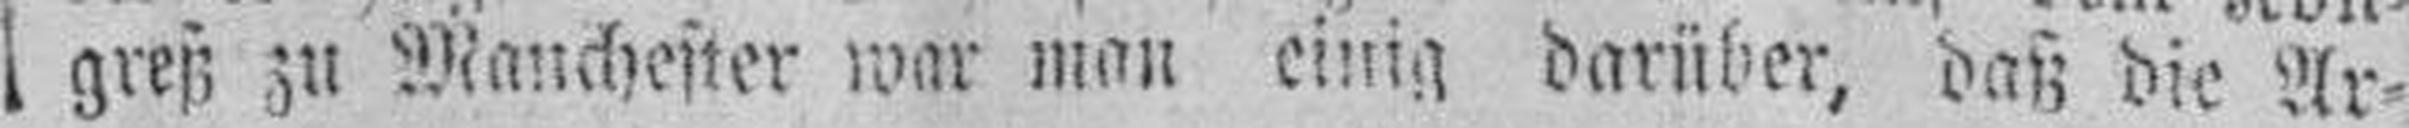
greß zu Manchester war man einig darüber, daß die Ar¬